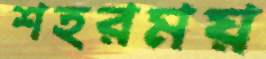
শহরময়